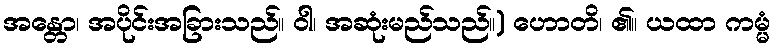
အန္တော၊ အပိုင်းအခြားသည်။ ဝါ၊ အဆုံးမည်သည်။) ဟောတိ၊ ၏။ ယထာ ကမ္မံ